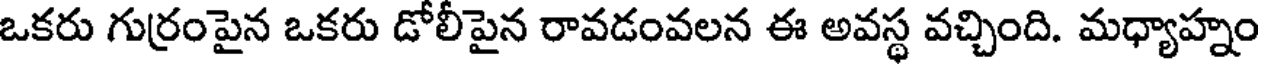
ఒకరు గుర్రంపైన ఒకరు డోలీపైన రావడంవలన ఈ అవస్థ వచ్చింది. మధ్యాహ్నం